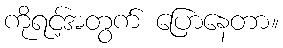
ကိုရင့်အတွက် ပြောနေတာ။